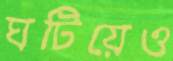
ঘটিয়েও